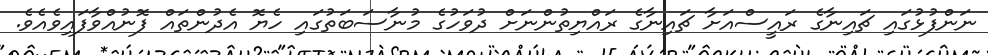
ނަންފުޅުގައި ޗައިނާގެ ރައީސްއަށާ ޗައިނާގެ ރައްޔިތުންނަށް ދުވަހުގެ މުނާސަބަތުގައި ހެޔޮ އެދުންތައް ފޮނުއްވާފައިވެއެވެ.